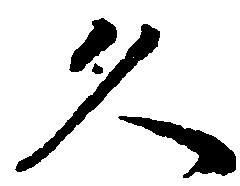
久